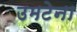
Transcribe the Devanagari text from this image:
उमटेना